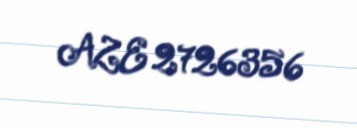
AZE 2726356